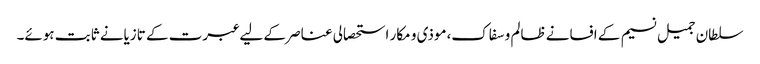
سلطان جمیل نسیم کے افسانے ظالم و سفاک،موذی و مکار استحصالی عناصر کے لیے عبرت کے تازیانے ثابت ہوئے۔